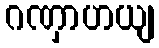
ဂဏှာဟယျ